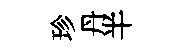
珍丹半